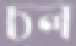
চল